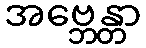
အဗ္ဘေန္တာ